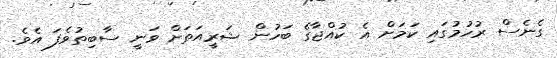
ގެނެސް ރުހުމުގައި ކަމަށް އެ ކުއްޖާގެ ބަހުން ޝަރީއަތަށް ވަނީ ސާބިތުވެފަ އެވެ.